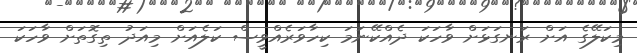
މިކަލޭގެ އަށް ރަނގަޅަށް ވާހަކަ ދެއްކޭނަމަ ކިހާވަރެއްވީސް ކަލެއަށް މިއަދު ތިގޮތަށް ވާހަކަ